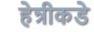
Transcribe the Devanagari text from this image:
हेन्रीकडे